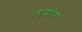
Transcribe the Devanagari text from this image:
त्याद्वारेहा